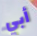
أبي